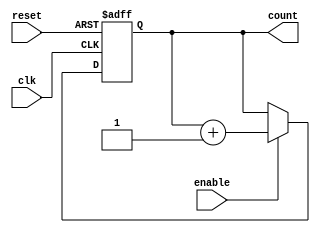
module IncrementalCounter #(
    parameter WIDTH = 8 // Define the width of the counter (e.g., 8-bit)
) (
    input wire clk,          // Clock input
    input wire reset,        // Asynchronous reset input
    input wire enable,       // Enable signal
    output reg [WIDTH-1:0] count // Current count value
);

// Always block for synchronous reset and counting
always @(posedge clk or posedge reset) begin
    if (reset) begin
        count <= 0; // Reset the count to zero
    end else if (enable) begin
        count <= count + 1; // Increment the count
    end
end

endmodule